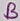
Text: B